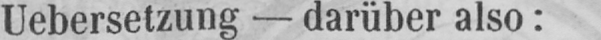
Uebersetzung - darüber also: